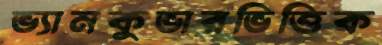
ভ্যানকুভারভিত্তিক